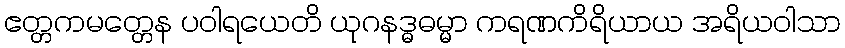
ဧတ္တကမတ္တေန ပဝါရယေတိ ယုဂနဒ္ဓဓမ္မာ ကရဏကိရိယာယ အရိယဝါသာ